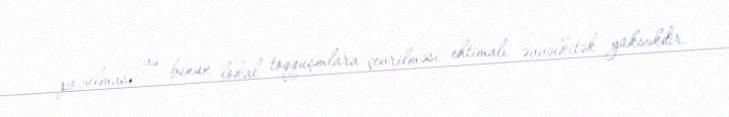
pozulması və bunun lokal toqquşmlara çevrilməsi ehtimalı əvvəlkitək yüksəkdir.